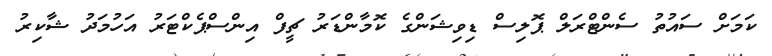
ކަމަށް ސައުތު ސެންޓްރަލް ޕޮލިސް ޑިވިޝަންގެ ކޮމާންޑަރު ޗީފް އިންސްޕެކްޓަރު އަހުމަދު ޝާކިރު